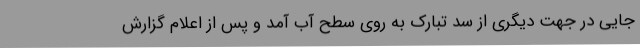
جایی در جهت دیگری از سد تبارک به روی سطح آب آمد و پس از اعلام گزارش